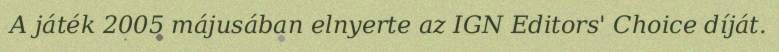
A játék 2005 májusában elnyerte az IGN Editors' Choice díját.